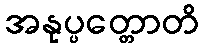
အနုပ္ပတ္တောတိ